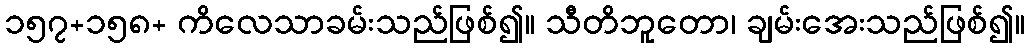
၁၅၇+၁၅၈+ ကိလေသာခမ်းသည်ဖြစ်၍။ သီတိဘူတော၊ ချမ်းအေးသည်ဖြစ်၍။